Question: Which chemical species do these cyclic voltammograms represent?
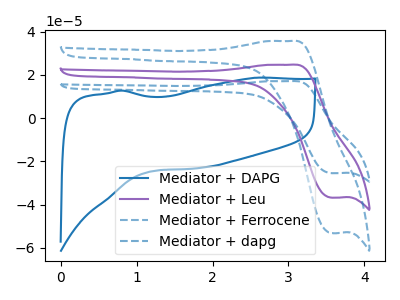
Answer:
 <answer>The blue curve is labeled "Mediator + DAPG". The purple curve is labeled "Mediator + Leu". The blue dashed curve is labeled "Mediator + Ferrocene". The blue dashed curve is labeled "Mediator + dapg".</answer>
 <eval></eval>